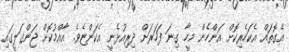
އެގޮތައް އެކަހެރިކޮށް އަންހެން މީހާ ގިނަ ފަހަރަށް ދިރިއުޅެނީ އެކަންޏެވެ. އާއްމުކޮށް ޖަންގަލީގައި